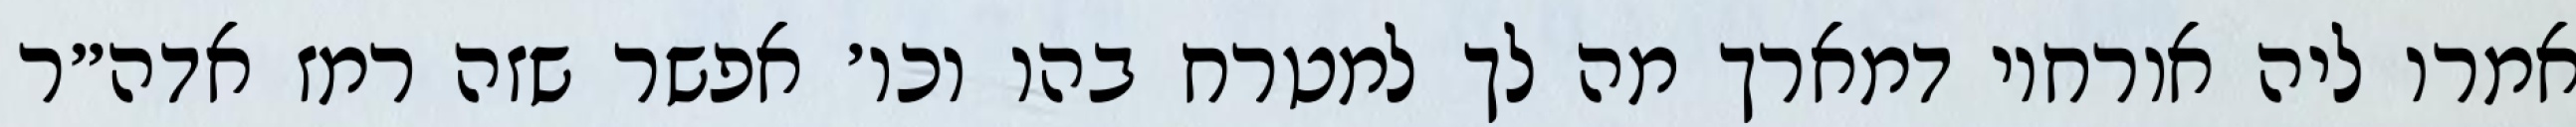
אמרו ליה אורחוי דמארך מה לך למטרח בהו וכו׳ אפשר שזה רמז אדה״ר